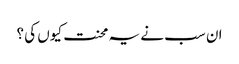
ان سب نے یہ محنت کیوں کی ؟